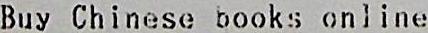
BUY CHINESE BOOKS ONLINE